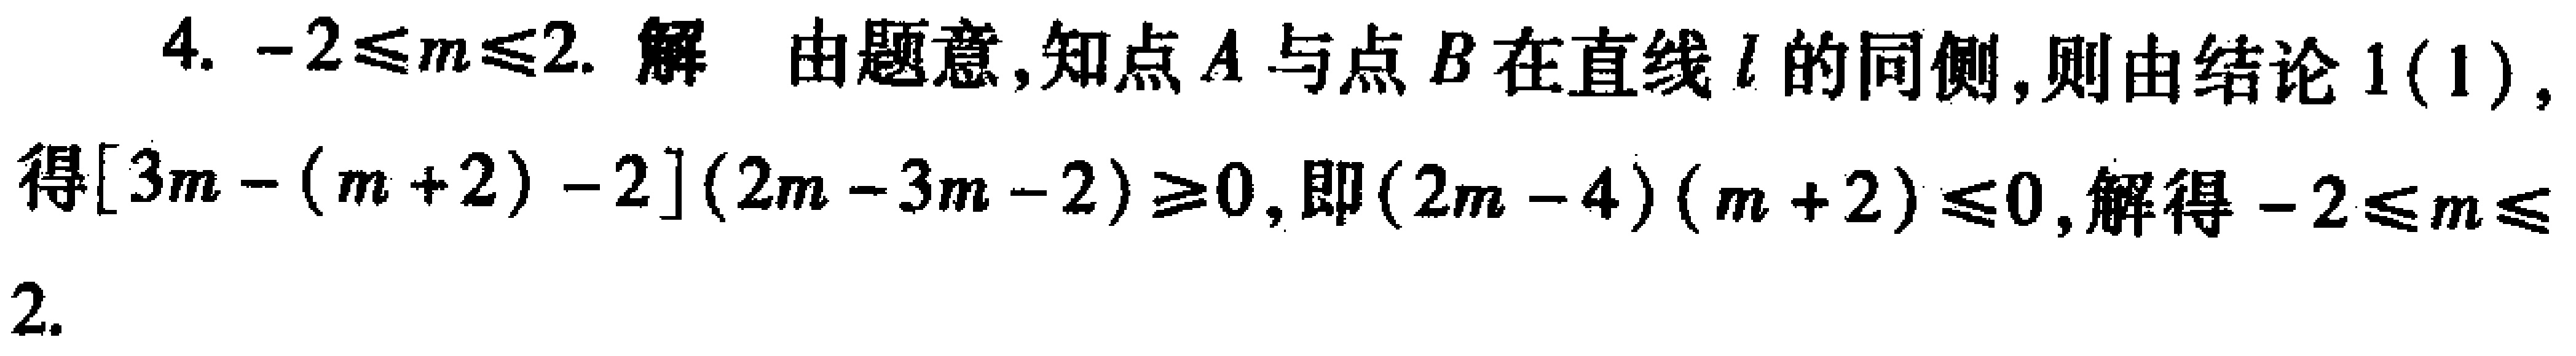
4. \(-2\leqslant m\leqslant2\). 解 由题意,知点\(A\)与点\(B\)在直线\(l\)的同侧,则由结论1(1),得\([3m - (m + 2) - 2](2m - 3m - 2)\geqslant0\),即\((2m - 4)(m + 2)\leqslant0\),解得\(-2\leqslant m\leqslant2\).